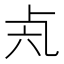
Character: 𠧝